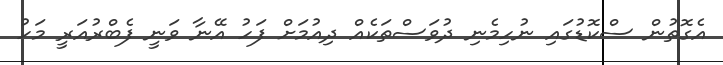
އެގޮތުން ސްކޮޑުގައި ނުހިމެނި ދުވަސްތަކެއް ދިއުމަށް ފަހު އޭނާ ވަނީ ފެބްރުއަރީ މަހު